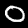
Digit: 0